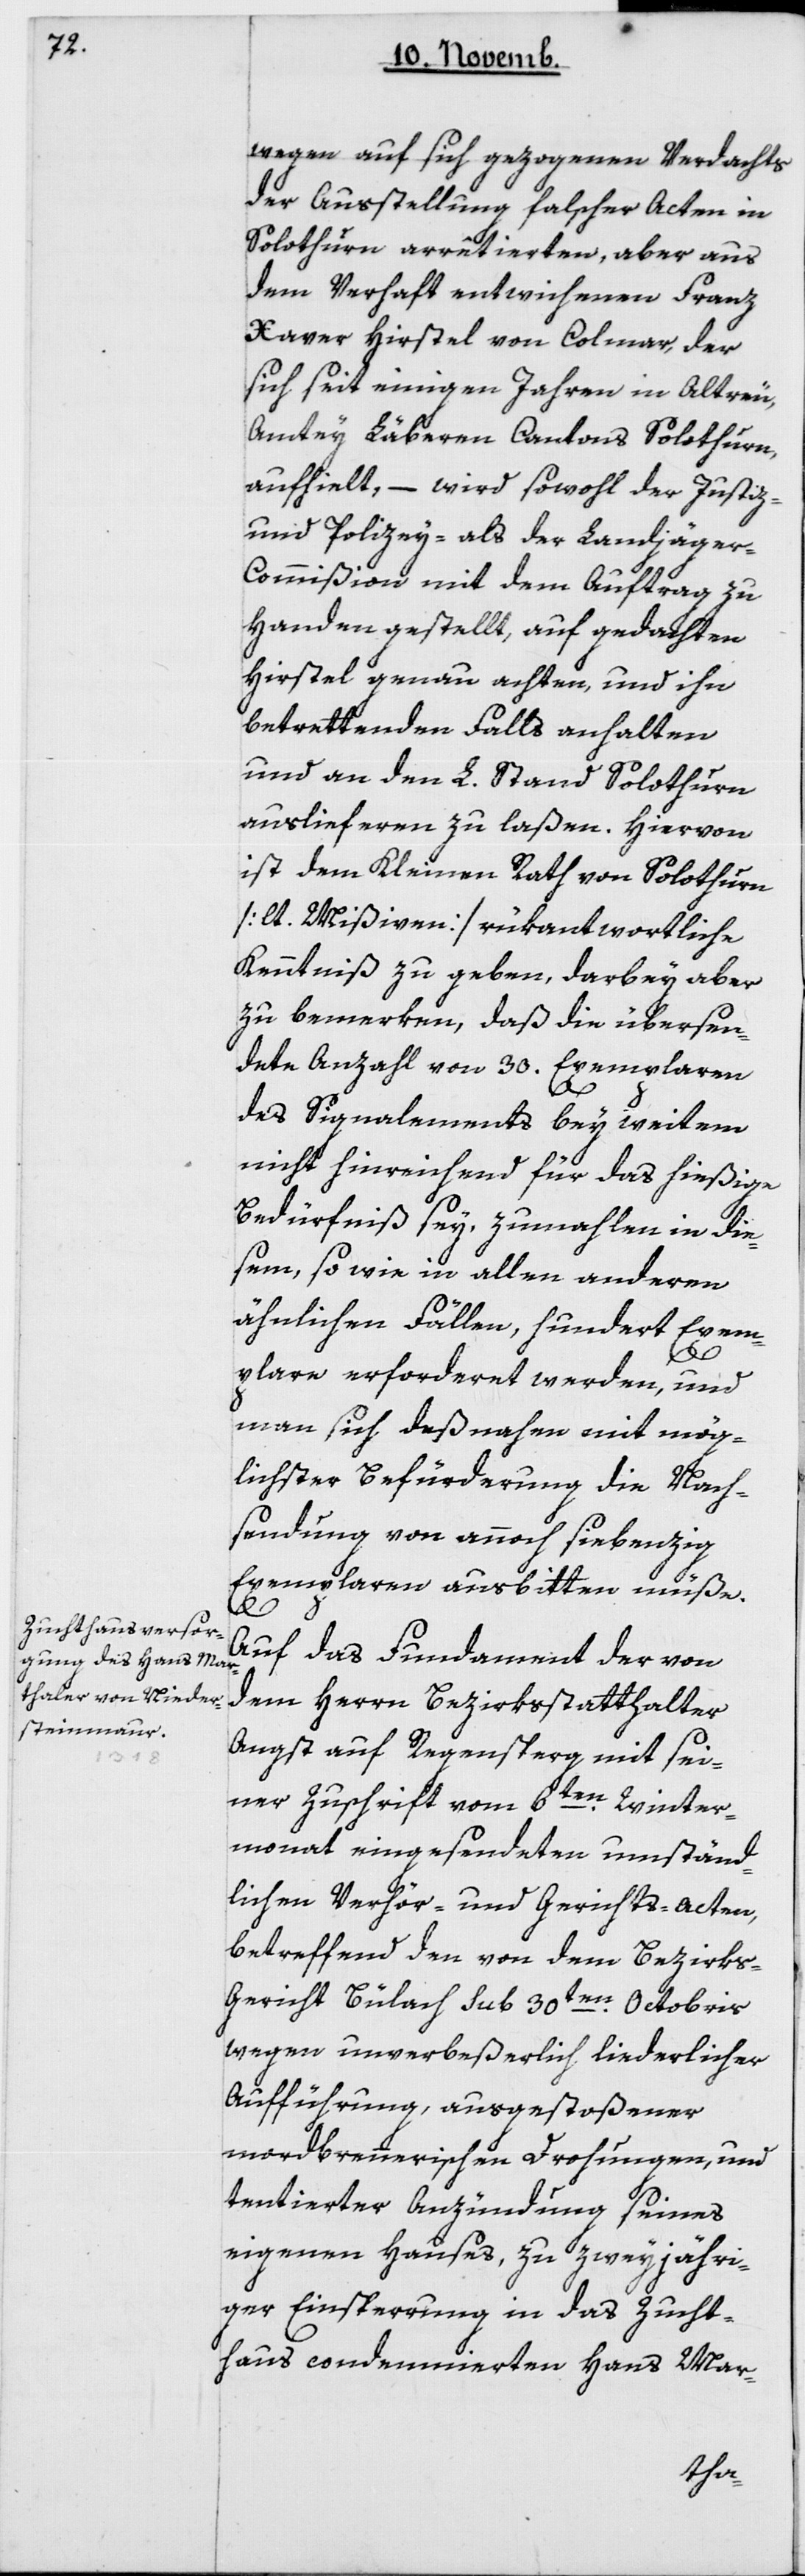
wegen auf sich gezogenen Verdachts
der Ausstellung falscher Acten in
Solothurn arretierten, aber aus
dem Verhaft entwichenen Franz
Xaver Hirstel von Colmar, der
sich seit einigen Jahren in Altreu,
Amtey Läberen Cantons Solothurn
aufhielt, – wird sowohl der Justiz-
und Polizey- als der Landjäge¬
r-Commißion mit dem Auftrag zu
Handen gestellt, auf gedachten
Hirstel genau achten und ihn
betrettenden Falls anhalten
und an den L. Stand Solothurn
auslieferen zu laßen. Hiervon
ist dem Kleinen Rath von Solothurn
[lt. Mißiven] rükantwortliche
Kenntniß zu geben, darbey aber
zu bemerken, daß die übersen¬
dete Anzahl von 30 Exemplaren
des Signalements bey weitem
nicht hinreichend für das hießige
Bedürfniß sey, zumalen in die¬
sem, sowie in allen anderen
ähnlichen Fällen, hundert Exem¬
plare erforderet werden, und
man sich desnahen mit mög¬
lichster Befürderung die Nach¬
sendung von annoch siebenzig
Exemplaren ausbitten müße.
Auf das Fundament der von
dem Herrn Bezirksstatthalter
Angst auf Regensperg mit sei¬
ner Zuschrift vom 6ten Winter¬
monat eingesendeten umständ¬
lichen Verhör- und Gerichts-Acten,
betreffend den von dem Bezirks¬
gericht Bülach sub 30ten Octobris
wegen unverbeßerlich liederlicher
Aufführung, ausgestoßener
mordbrennerischen Drohungen und
tentierter Anzündung seines
eigenen Hauses, zu zweyjähri¬
ger Einsperrung in das Zucht¬
haus condemnierten Hans Mar-